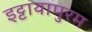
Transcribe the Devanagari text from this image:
इट्टायापुरम